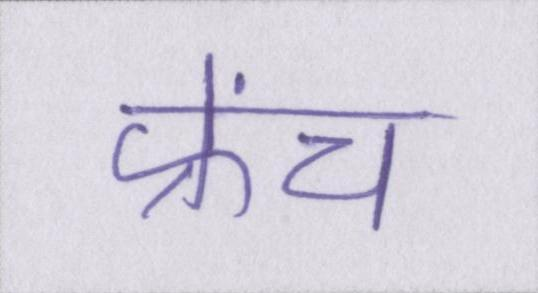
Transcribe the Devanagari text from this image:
फ्रेंच